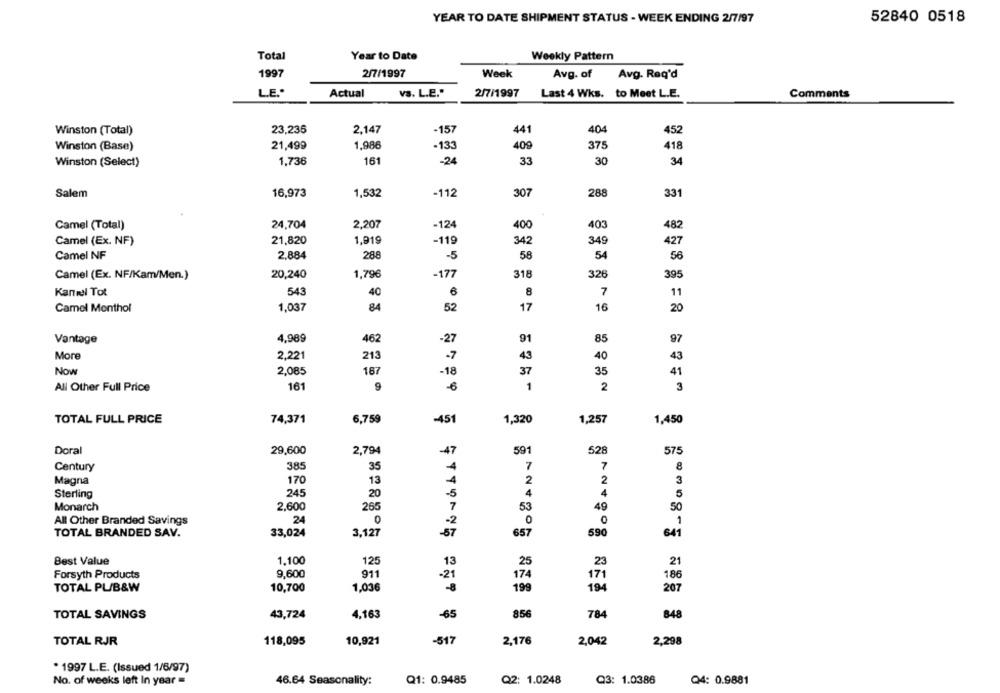
YEAR TO DATE SHIPMENT STATUS - WEEK ENDING 2/7/97
52840 0518
Total
Year to Date
Weekly Pattern
1997
2/7/1997
Week
Avg. of
Avg. Req'd
L.E."
Actual
VS. L.E."
2/7/1997
Last 4 Wks. to Meet L.E.
Comments
Winston (Total)
23,235
2,147
-157
441
404
452
Winston (Base)
21,499
1,986
409
375
418
-13
-24
33
30
Winston (Select)
1,736
161
34
Salem
16,973
1.532
-112
307
288
331
Camel (Total)
24,704
2,207
-124
400
403
482
Camel (Ex. NF)
21,820
1,919
-119
342
349
427
Camel NF
2,884
288
-5
58
54
56
Camel (Ex. NF/Kam/Men.)
20,240
1,796
-177
318
326
395
543
6
8
7
Kanel Tot
40
11
Camel Menthol
1,037
84
52
17
16
20
Vantage
4,969
462
-27
91
85
97
213
More
2,221
-7
43
40
43
Now
2,085
187
-18
37
35
41
All Other Full Price
161
-6
1
2
3
TOTAL FULL PRICE
74,371
6,759
-451
1,320
1,257
1,450
Doral
29,600
2,794
47
591
528
575
Century
385
35
4
7
7
3
Magna
170
13
4
2
2
245
Sterling
20
-5
4
4
5
2,600
265
49
Monarch
7
53
50
All Other Branded Savings
24
0
-2
0
TOTAL BRANDED SAV.
33,024
3,127
-57
657
590
641
Best Value
1.100
125
25
23
13
21
Forsyth Products
9,600
911
-21
174
171
186
TOTAL PL/B&W
10,700
1,036
199
194
207
TOTAL SAVINGS
43,724
4,163
-65
856
784
848
TOTAL RJR
118,095
10,921
-517
2,176
2,042
2,298
. 1997 L.E. (Issued 1/6/97)
No. of weeks left In year =
46.64 Seasonality:
Q1: 0.9485
Q2: 1.0248
Q3: 1.0386
Q4: 0.9881